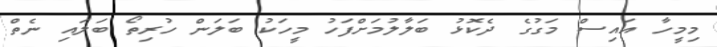
މިމީހާ އައިސް މަގުގެ ދެކޮޅު ބަލާލުމަށްފަހު މީހަކު ބަލަން ހުރިތޯ ބަލައި ނެތް